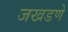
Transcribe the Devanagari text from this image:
जखडणे